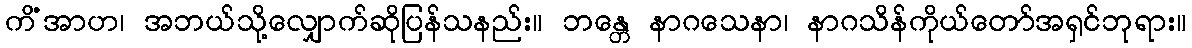
ကိံအာဟ၊ အဘယ်သို့လျှောက်ဆိုပြန်သနည်း။ ဘန္တေ နာဂသေနာ၊ နာဂသိန်ကိုယ်တော်အရှင်ဘုရား။